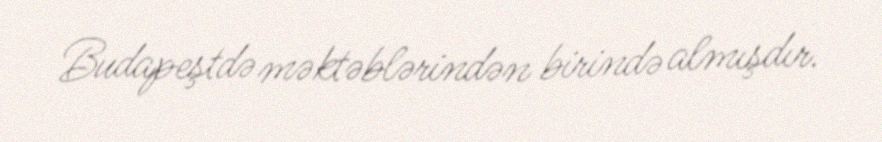
Budapeştdə məktəblərindən birində almışdır.